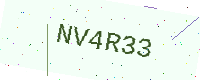
Text: NV4R33